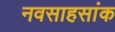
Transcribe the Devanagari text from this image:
नवसाहसांक